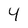
Character: 4